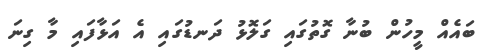
ބައެއް މީހުން ބުނާ ގޮތުގައި ގަލޮޅު ދަނޑުގައި އެ އަޅާފައި މާ ގިނަ